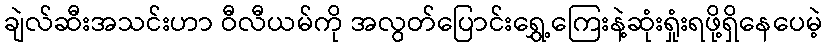
ချဲလ်ဆီးအသင်းဟာ ဝီလီယမ်ကို အလွတ်ပြောင်းရွှေ့ကြေးနဲ့ဆုံးရှုံးရဖို့ရှိနေပေမဲ့